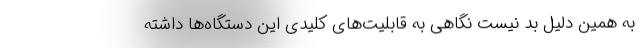
به همین دلیل بد نیست نگاهی به قابلیت‌های کلیدی این دستگاه‌ها داشته